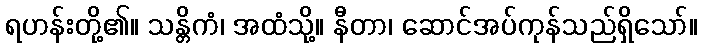
ရဟန်းတို့၏။ သန္တိကံ၊ အထံသို့။ နီတာ၊ ဆောင်အပ်ကုန်သည်ရှိသော်။